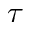
\tau